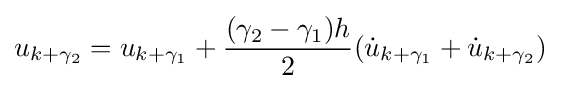
u_{k+\gamma _{2}}=u_{k+\gamma _{1}}+{\frac {(\gamma _{2}-\gamma _{1})h}{2}}({\dot {u}}_{k+\gamma _{1}}+{\dot {u}}_{k+\gamma _{2}})